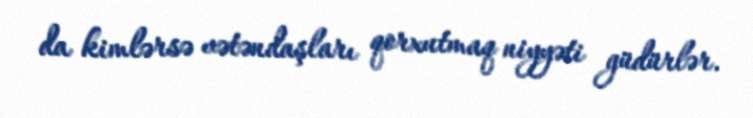
da kimlərsə vətəndaşları qorxutmaq niyyəti güdürlər.